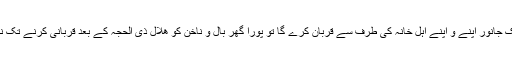
اور اگر ایک جانور اپنے و اپنے اہل خانہ کی طرف سے قربان کرے گا تو پورا گھر بال و ناخن کو ھلال ذی الحجہ کے بعد قربانی کرنے تک نہ چھیڑیگا۔